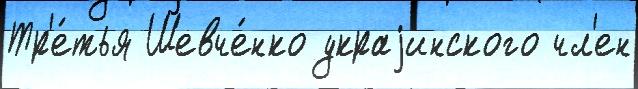
Тр'е́тья Шевче́нко украjинского чл'ен